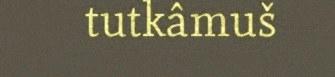
tutkâmuš